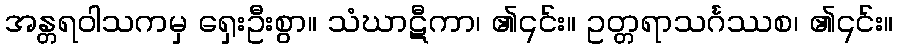
အန္တရဝါသကမှ ရှေးဦးစွာ။ သံဃာဋီကာ၊ ၏၎င်း။ ဥတ္တရာသင်္ဂဿစ၊ ၏၎င်း။